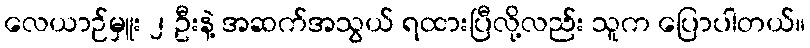
လေယာဉ်မှူး ၂ ဦးနဲ့ အဆက်အသွယ် ရထားပြီလို့လည်း သူက ပြောပါတယ်။